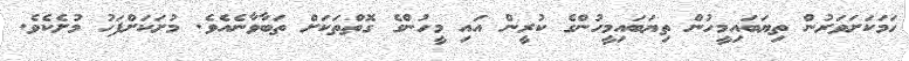
ހަމަކަށަވަރުން ތިޔަބައިމީހުން ތިޔަބައިމީހުންގެ ކުރީން އައި މީހުންގެ ގޮތްތަކަށް ތަބާވާނެއެވެ. މުށަކަށްފަހު މުށެކެވެ.